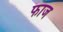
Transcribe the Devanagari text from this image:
फाज